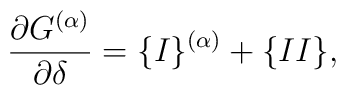
\frac{\partial G^{(\alpha)}}{\partial \delta}=\{I \}^{(\alpha)}+\{II\},